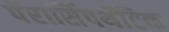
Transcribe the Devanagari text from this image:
पॅरासिंपथॅटिक